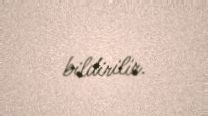
bildirilir.